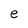
Character: e